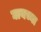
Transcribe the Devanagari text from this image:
घायच्या